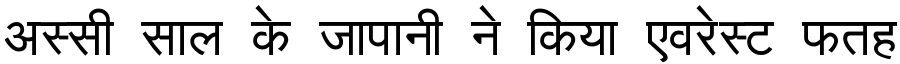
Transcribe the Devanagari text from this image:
अस्सी साल के जापानी ने किया एवरेस्ट फतह